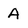
Character: A